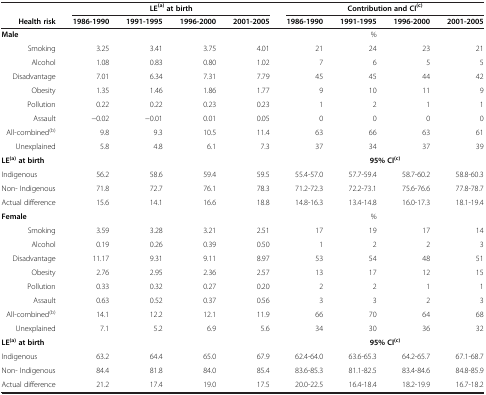
<table><thead><tr><td><b> </b></td><td colspan="4"><b>LE<sup>(a)</sup>at birth</b></td><td colspan="4"><b>Contribution and CI<sup>(c)</sup></b></td></tr><tr><td><b>Health risk</b></td><td><b>1986-1990</b></td><td><b>1991-1995</b></td><td><b>1996-2000</b></td><td><b>2001-2005</b></td><td><b>1986-1990</b></td><td><b>1991-1995</b></td><td><b>1996-2000</b></td><td><b>2001-2005</b></td></tr></thead><tbody><tr><td><b>Male</b></td><td> </td><td> </td><td> </td><td> </td><td> </td><td>%</td><td> </td><td> </td></tr><tr><td>Smoking</td><td>3.25</td><td>3.41</td><td>3.75</td><td>4.01</td><td>21</td><td>24</td><td>23</td><td>21</td></tr><tr><td>Alcohol</td><td>1.08</td><td>0.83</td><td>0.80</td><td>1.02</td><td>7</td><td>6</td><td>5</td><td>5</td></tr><tr><td>Disadvantage</td><td>7.01</td><td>6.34</td><td>7.31</td><td>7.79</td><td>45</td><td>45</td><td>44</td><td>42</td></tr><tr><td>Obesity</td><td>1.35</td><td>1.46</td><td>1.86</td><td>1.77</td><td>9</td><td>10</td><td>11</td><td>9</td></tr><tr><td>Pollution</td><td>0.22</td><td>0.22</td><td>0.23</td><td>0.23</td><td>1</td><td>2</td><td>1</td><td>1</td></tr><tr><td>Assault</td><td>−0.02</td><td>−0.01</td><td>0.01</td><td>0.05</td><td>0</td><td>0</td><td>0</td><td>0</td></tr><tr><td>All-combined<sup>(b)</sup></td><td>9.8</td><td>9.3</td><td>10.5</td><td>11.4</td><td>63</td><td>66</td><td>63</td><td>61</td></tr><tr><td>Unexplained</td><td>5.8</td><td>4.8</td><td>6.1</td><td>7.3</td><td>37</td><td>34</td><td>37</td><td>39</td></tr><tr><td colspan="3"><b>LE</b><sup><b>(a)</b></sup><b>at birth</b></td><td> </td><td> </td><td> </td><td colspan="2"><b>95% CI</b><sup><b>(c)</b></sup></td><td> </td></tr><tr><td>Indigenous</td><td>56.2</td><td>58.6</td><td>59.4</td><td>59.5</td><td>55.4-57.0</td><td>57.7-59.4</td><td>58.7-60.2</td><td>58.8-60.3</td></tr><tr><td>Non- Indigenous</td><td>71.8</td><td>72.7</td><td>76.1</td><td>78.3</td><td>71.2-72.3</td><td>72.2-73.1</td><td>75.6-76.6</td><td>77.8-78.7</td></tr><tr><td>Actual difference</td><td>15.6</td><td>14.1</td><td>16.6</td><td>18.8</td><td>14.8-16.3</td><td>13.4-14.8</td><td>16.0-17.3</td><td>18.1-19.4</td></tr><tr><td><b>Female</b></td><td> </td><td> </td><td> </td><td> </td><td> </td><td>%</td><td> </td><td> </td></tr><tr><td>Smoking</td><td>3.59</td><td>3.28</td><td>3.21</td><td>2.51</td><td>17</td><td>19</td><td>17</td><td>14</td></tr><tr><td>Alcohol</td><td>0.19</td><td>0.26</td><td>0.39</td><td>0.50</td><td>1</td><td>2</td><td>2</td><td>3</td></tr><tr><td>Disadvantage</td><td>11.17</td><td>9.31</td><td>9.11</td><td>8.97</td><td>53</td><td>54</td><td>48</td><td>51</td></tr><tr><td>Obesity</td><td>2.76</td><td>2.95</td><td>2.36</td><td>2.57</td><td>13</td><td>17</td><td>12</td><td>15</td></tr><tr><td>Pollution</td><td>0.33</td><td>0.32</td><td>0.27</td><td>0.20</td><td>2</td><td>2</td><td>1</td><td>1</td></tr><tr><td>Assault</td><td>0.63</td><td>0.52</td><td>0.37</td><td>0.56</td><td>3</td><td>3</td><td>2</td><td>3</td></tr><tr><td>All-combined<sup>(b)</sup></td><td>14.1</td><td>12.2</td><td>12.1</td><td>11.9</td><td>66</td><td>70</td><td>64</td><td>68</td></tr><tr><td>Unexplained</td><td>7.1</td><td>5.2</td><td>6.9</td><td>5.6</td><td>34</td><td>30</td><td>36</td><td>32</td></tr><tr><td colspan="3"><b>LE</b><sup><b>(a)</b></sup><b>at birth</b></td><td> </td><td> </td><td> </td><td colspan="2"><b>95% CI</b><sup><b>(c)</b></sup></td><td> </td></tr><tr><td>Indigenous</td><td>63.2</td><td>64.4</td><td>65.0</td><td>67.9</td><td>62.4-64.0</td><td>63.6-65.3</td><td>64.2-65.7</td><td>67.1-68.7</td></tr><tr><td>Non- Indigenous</td><td>84.4</td><td>81.8</td><td>84.0</td><td>85.4</td><td>83.6-85.3</td><td>81.1-82.5</td><td>83.4-84.6</td><td>84.8-85.9</td></tr><tr><td>Actual difference</td><td>21.2</td><td>17.4</td><td>19.0</td><td>17.5</td><td>20.0-22.5</td><td>16.4-18.4</td><td>18.2-19.9</td><td>16.7-18.2</td></tr></tbody></table>